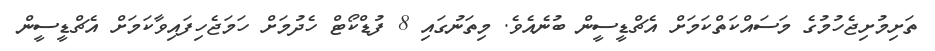
ތަށިމުށިޖެހުމުގެ މަސައްކަތްކަމަށް އެޗްޑީސީން ބުނެއެވެ. މިތަނުގައި 8 ފުޑްކޯޓް ހެދުމަށް ހަމަޖެހިފައިވާކަމަށް އެޗްޑީސީން